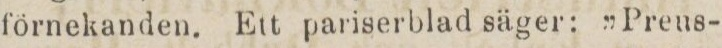
förnekanden. Ett pariserblad säger: ”Preus-